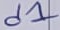
Text: d1